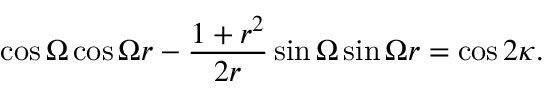
\cos \Omega \cos \Omega r - \frac { 1 + r ^ { 2 } } { 2 r } \sin \Omega \sin \Omega r = \cos 2 \kappa .